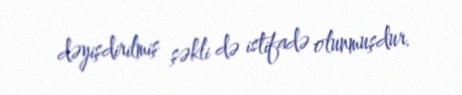
dəyişdirilmiş şəkli də istifadə olunmuşdur.